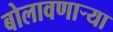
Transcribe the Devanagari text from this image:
बोलावणार्‍या